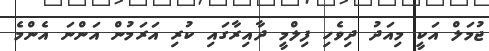
ޖުމަލް އަކީ މިއަދު ދިވެހި ފިލްމީ ދާއިރާގައި ކުރި އަރަމުން އަންނަ އެންމެ